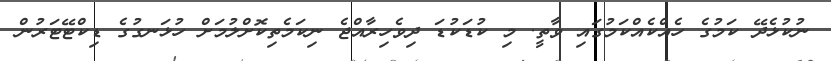
ނުކުޅެދޭ ކަމުގެ ހެއްކެއްކަމުގައި ވާތީ. މި ކުޑަކުޑަ ދިވެހިރާއްޖެ ނިކަމެތިކޮށްލުމަށް ހުޅަނގުގެ ޑިކްޓޭޓަރުން